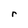
Character: r